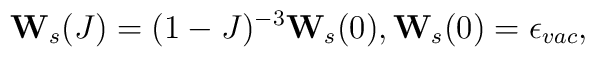
{\bf W}_s(J)=(1-J)^{-3}{\bf W}_s(0), {\bf W}_s(0)=\epsilon_{vac},